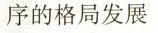
序的格局发展